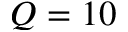
Q = 1 0